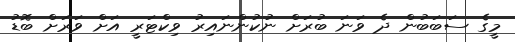
މީގެ ސަބަބުން ދެ ވަނަ ބުރަށް ނުކުންނައިރު ވިކްޓަރީ އަށް ވަރަށް ބޮޑު